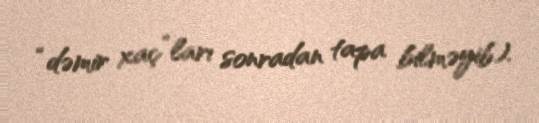
“dəmir xaç”ları sonradan tapa bilməyib).